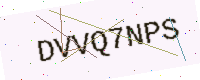
Text: DVVQ7NPS